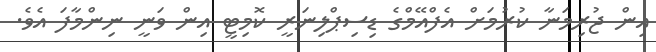
އިން ޖުރިމަނާ ކުރުމަށް އެފްއޭމްގެ ޑިސިޕްލިނަރީ ކޮމިޓީ އިން ވަނީ ނިންމާފަ އެވެ.